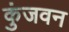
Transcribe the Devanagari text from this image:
कुंजवन